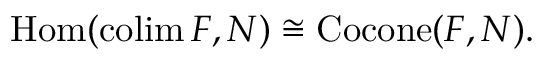
\operatorname { H o m } ( \operatorname { c o l i m } F , N ) \cong \operatorname { C o c o n e } ( F , N ) .